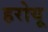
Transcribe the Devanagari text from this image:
हरोयू